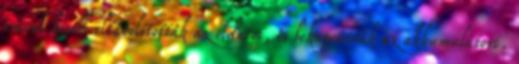
órával később eltávolították az oldatot, és bekapcsolták az akkumulátort.